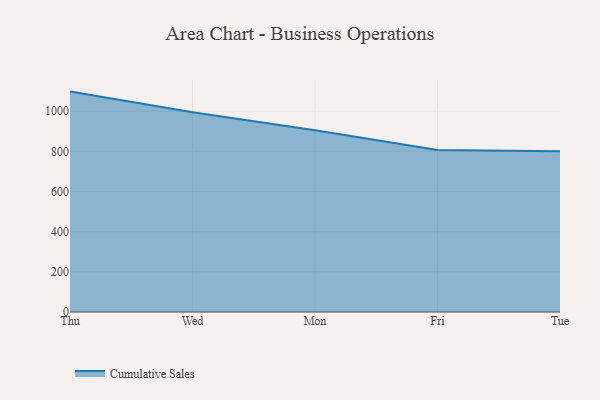
{"axis": {"x": "Day", "y": "Website Visitors"}, "legend": ["Cumulative Sales"], "data": [{"x": "Thu", "y": 1097.4, "type": "Cumulative Sales"}, {"x": "Wed", "y": 994.2, "type": "Cumulative Sales"}, {"x": "Mon", "y": 904.4, "type": "Cumulative Sales"}, {"x": "Fri", "y": 806.9, "type": "Cumulative Sales"}, {"x": "Tue", "y": 800, "type": "Cumulative Sales"}]}